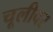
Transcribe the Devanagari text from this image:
चूलीवर